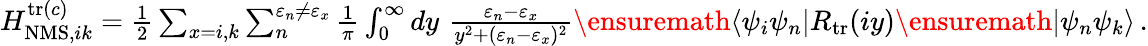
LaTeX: \begin{array}{r}{H_{\mathrm{NMS},ik}^{\mathrm{tr}(c)}=\frac{1}{2}\sum_{x=i,k}\sum_{n}^{\varepsilon_{n}\neq\varepsilon_{x}}\frac{1}{\pi}\int_{0}^{\infty}dy\, \, \frac{\varepsilon_{n}-\varepsilon_{x}}{y^{2}+(\varepsilon_{n}-\varepsilon_{x})^{2}}\ensuremath{\langle\psi_{i}\psi_{n}|}{R}_{\mathrm{tr}}(iy)\ensuremath{|\psi_{n}\psi_{k}\rangle}\, .}\end{array}